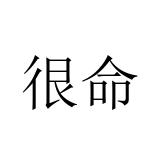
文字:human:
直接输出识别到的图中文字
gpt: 很命